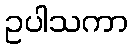
ဥပါသကာ